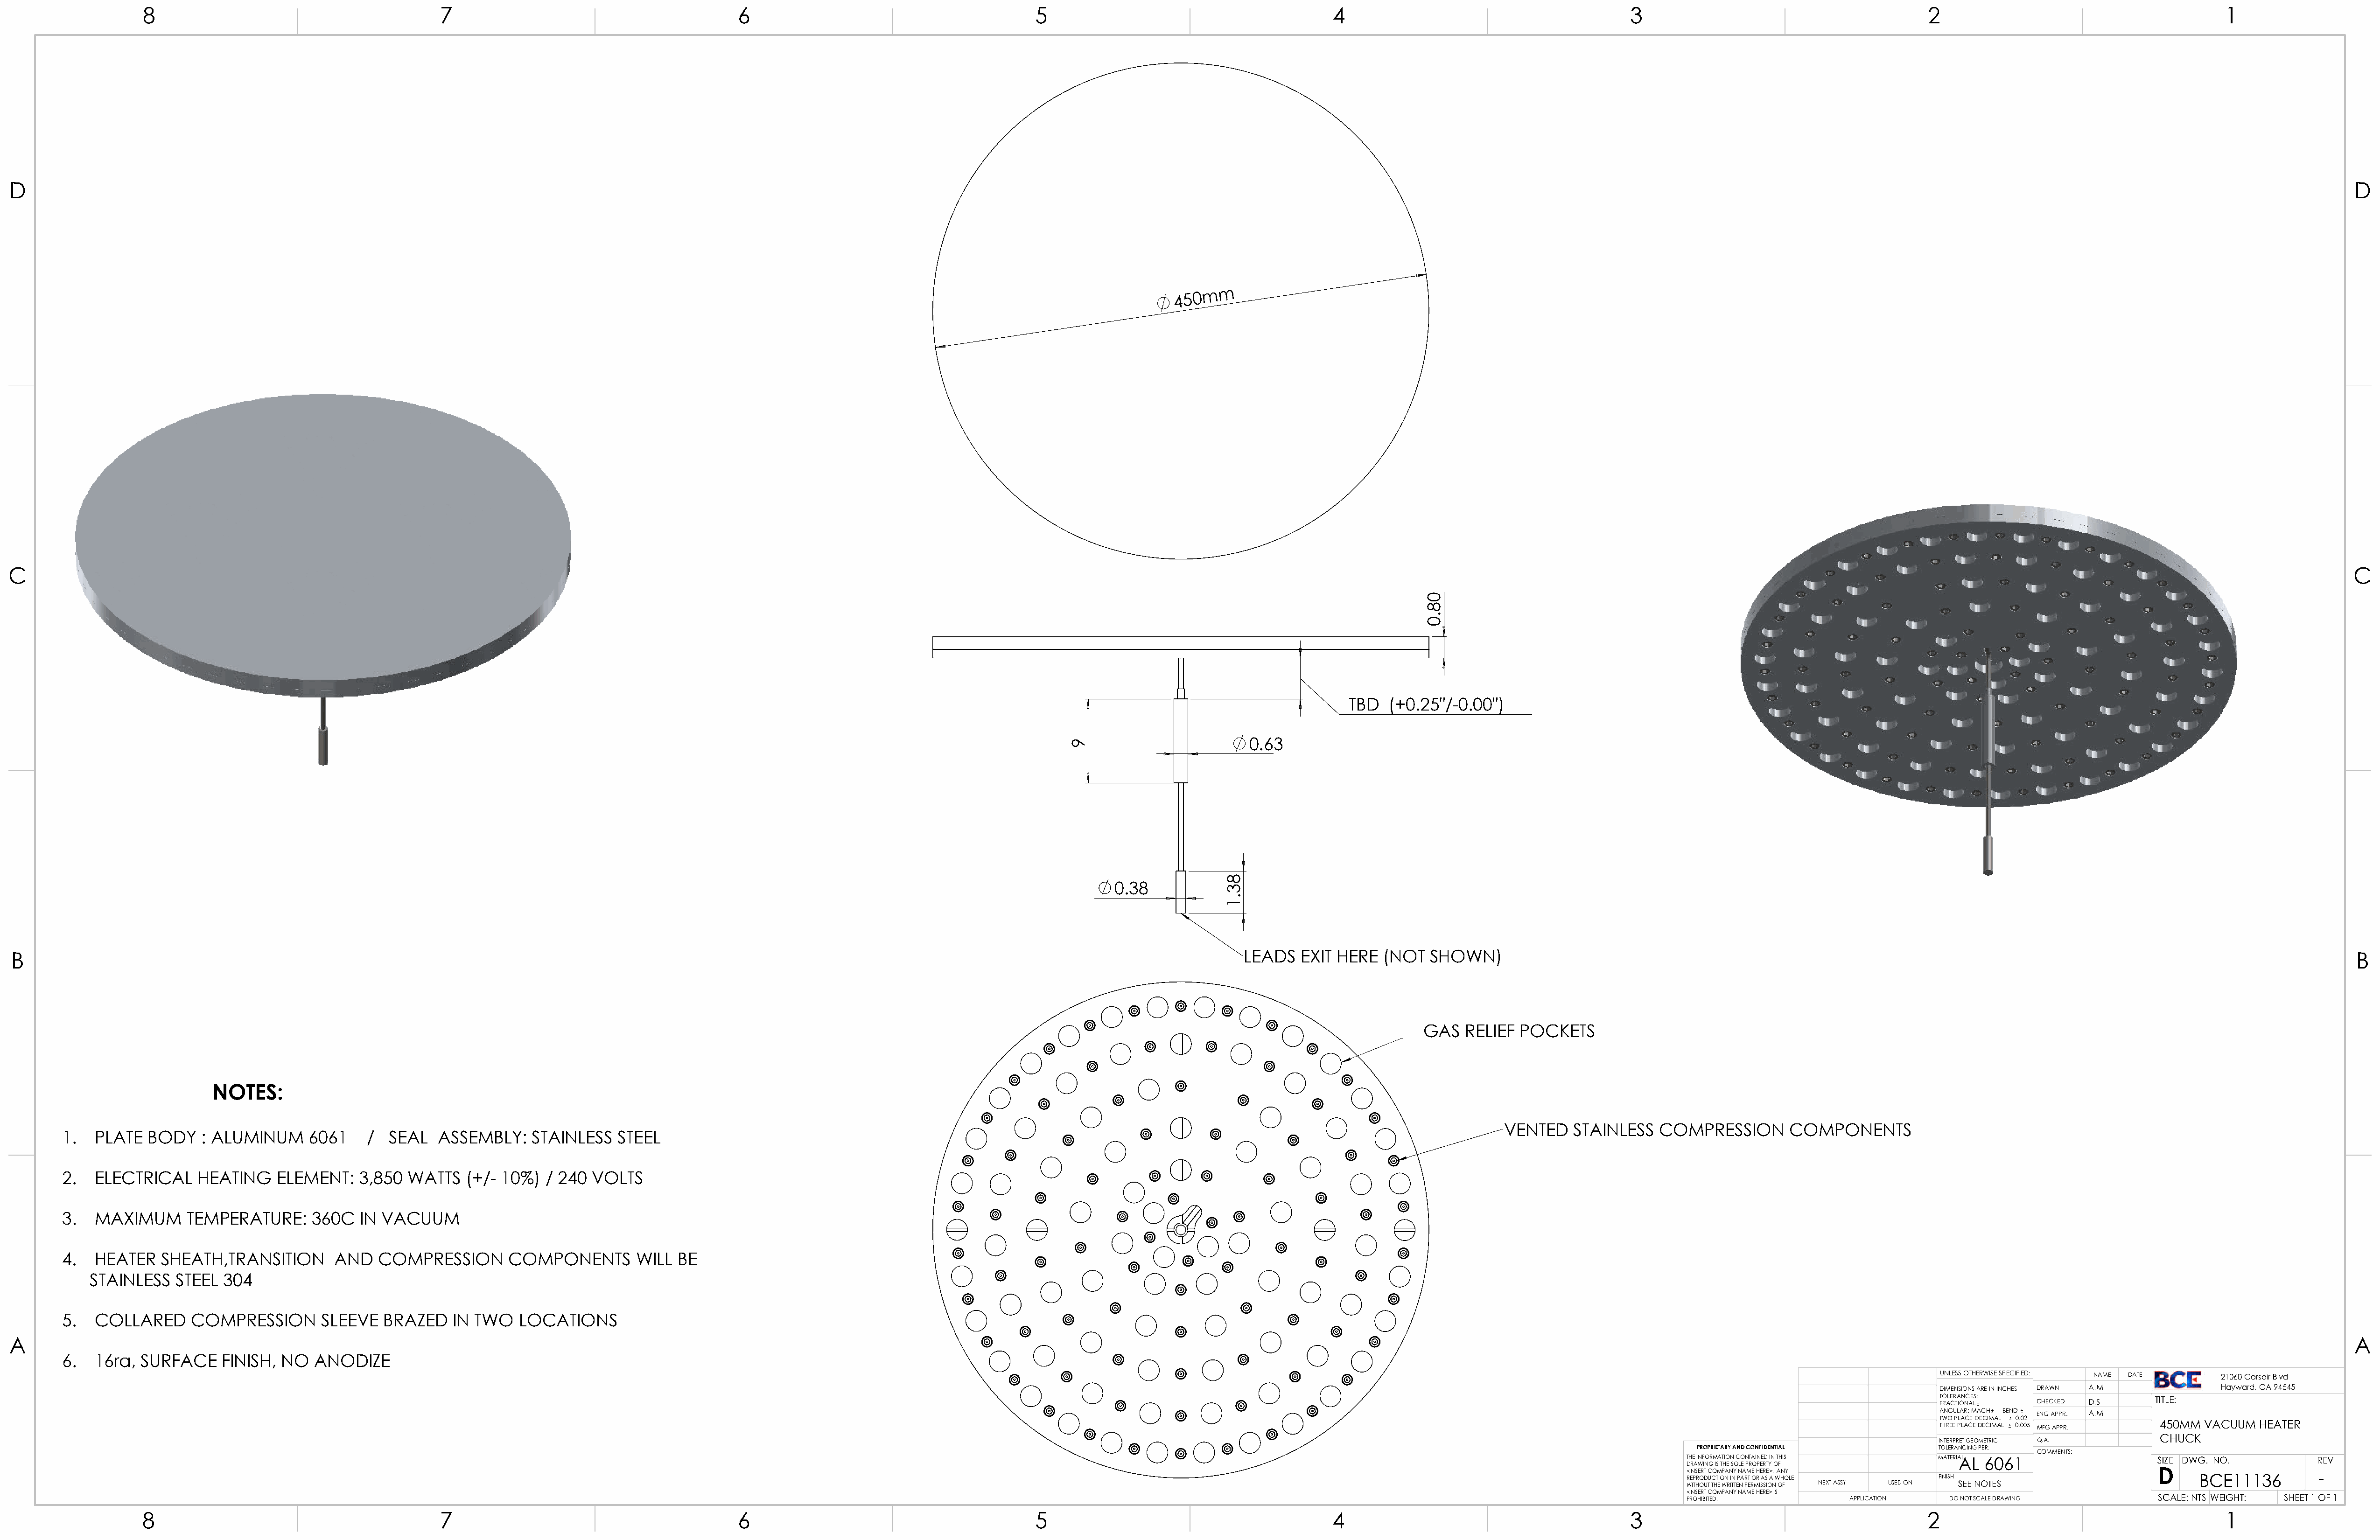
8                                         7                                          6                                         5                                         4                                         3                                         2                                          1
 D                                                                                                                                                                                                                                                                                                                                            D
 450mm
 C                                                                                                                                                                                                                                                                                                                                            C
 TBD   (+0.25"/-0.00")
 0.63
 0.38
 B                                                                                                                                                                             LEADS    EXIT HERE  (NOT   SHOWN)                                                                                                                             B
 GAS   RELIEF  POCKETS
 NOTES:
 VENTED    STAINLESS   COMPRESSION        COMPONENTS
 1.  PLATE   BODY    : ALUMINUM     6061    /  SEAL   ASSEMBLY:    STAINLESS    STEEL
 2.  ELECTRICAL     HEATING    ELEMENT:    3,850  WATTS   (+/- 10%)  / 240  VOLTS
 3.  MAXIMUM      TEMPERATURE:      360C   IN VACUUM
 4.  HEATER    SHEATH,TRANSITION       AND    COMPRESSION       COMPONENTS        WILL  BE
 STAINLESS   STEEL  304
 5.  COLLARED      COMPRESSION        SLEEVE  BRAZED    IN TWO    LOCATIONS
 A                                                                                                                                                                                                                                                                                                                                            A
 6.  16ra,  SURFACE    FINISH,  NO   ANODIZE
 UNLESS OTHERWISE SPECIFIED: NAME DATE   21060 Corsair Blvd
 DIMENSIONS ARE IN INCHES DRAWN A.M      Hayward, CA 94545
 TOLERANCES:                    TITLE:
 FRACTIONAL    CHECKED D.S
 ANGULAR: MACH BEND ENG APPR. A.M
 TWO PLACE DECIMAL 0.02
 THREE PLACE DECIMAL 0.005 MFG APPR. 450MM VACUUM HEATER
 CHUCK
 INTERPRET GEOMETRIC Q.A.
 PROPRIETARY AND CONFIDENTIAL      TOLERANCING PER:
 COMMENTS:
 THE INFORMATION CONTAINED IN THIS   MATERIAAL L 6061               SIZE DWG. NO.          REV
 DRAWING IS THE SOLE PROPERTY OF
 < RI EN PS RE OR DT C UCO TM IOP NA N INY PN AA RM T OE H R E AR SE > A. W A HN OY LE FINISH D BCE11136 -
 WITHOUT THE WRITTEN PERMISSION OF NEXT ASSY USED ON SEE NOTES
 <INSERT COMPANY NAME HERE> IS
 PROHIBITED.            APPLICATION    DO NOT SCALE DRAWING         SCALE: NTS WEIGHT: SHEET 1 OF 1
 8                                         7                                          6                                         5                                         4                                         3                                         2                                          1
 9
 83.1
 08.0